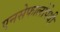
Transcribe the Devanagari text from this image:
एनसेफालोपेथी